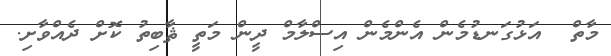
މާތް  އަޅުގަނޑުމެން އެންމެން އިސްލާމް ދީން މަތީ ޘާބިތު ކޮށް ދެއްވާށި.